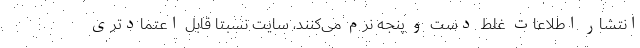
انتشار اطلاعات غلط دست و پنجه نرم می‌کنند، سایت نسبتا قابل اعتمادتری